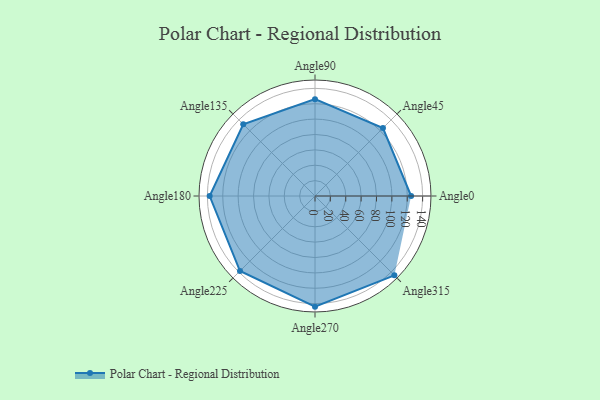
{"axis": {"x": "Angle", "y": "Radius"}, "legend": [""], "data": [{"x": "Angle0", "y": 125.0, "type": ""}, {"x": "Angle45", "y": 125.0, "type": ""}, {"x": "Angle90", "y": 126.0, "type": ""}, {"x": "Angle135", "y": 132.0, "type": ""}, {"x": "Angle180", "y": 137.0, "type": ""}, {"x": "Angle225", "y": 138.0, "type": ""}, {"x": "Angle270", "y": 144.0, "type": ""}, {"x": "Angle315", "y": 146.0, "type": ""}]}